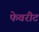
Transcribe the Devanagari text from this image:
फेवरीट